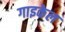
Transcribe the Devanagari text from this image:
गाइकेल